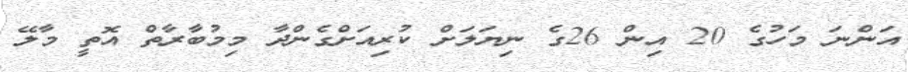
އަންނަ މަހުގެ 20 އިން 26ގެ ނިޔަލަށް ކުރިއަށްގެންދާ މިމުބާރާތް އޮތީ މާލޭ